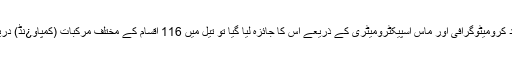
اس کے بعد کرومیٹوگرافی اور ماس اسپیکٹرومیٹری کے ذریعے اس کا جائزہ لیا گیا تو تیل میں 116 اقسام کے مختلف مرکبات (کمپاو¿نڈ) دریافت ہوئے۔